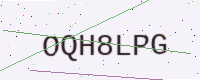
Text: OQH8LPG